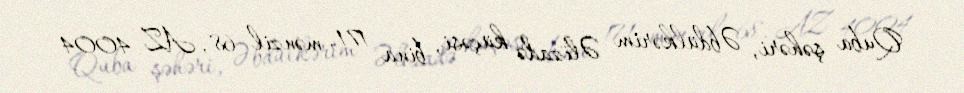
Quba şəhəri, Əbdülkərim Əlizadə küçəsi, bina 171, mənzil 68, AZ 4004